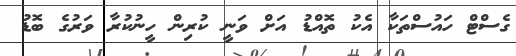
ގެސްޓް ހައުސްތަކާ އެކު ތޮއްޑު އަށް ވަނީ ކުރިން ހީނުކުރާ ވަރުގެ ބޮޑު